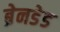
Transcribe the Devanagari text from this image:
ब्रेनडेड